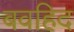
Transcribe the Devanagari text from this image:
बवहिद